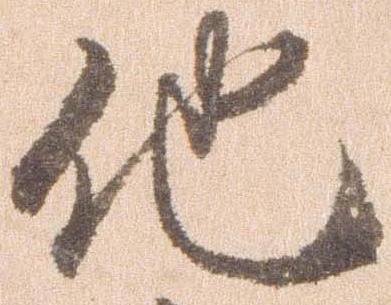
他